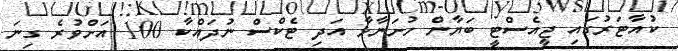
ކުއާޓަރުގައި ޖީއެސްޓީ ބަޔާން ހުށަނާޅާ އަދި ޓެކްސް ނުދައްކާ 100 އަށްވުރެ ގިނަ